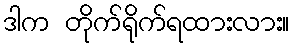
ဒါက တိုက်ရိုက်ရထားလား။